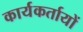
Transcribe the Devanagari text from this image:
कार्यकर्तायों